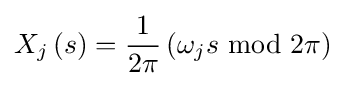
X_{j}\left(s\right)={\frac {1}{2\pi }}\left(\omega _{j}s{\text{ mod }}2\pi \right)